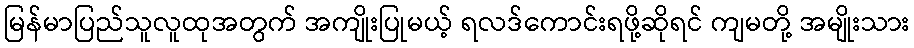
မြန်မာပြည်သူလူထုအတွက် အကျိုးပြုမယ့် ရလဒ်ကောင်းရဖို့ဆိုရင် ကျမတို့ အမျိုးသား